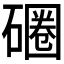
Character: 𰧚